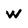
Character: W